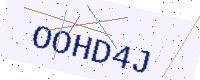
Text: OOHD4J